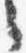
々